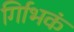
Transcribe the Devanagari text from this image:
र्गािभकं